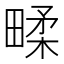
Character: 㽥